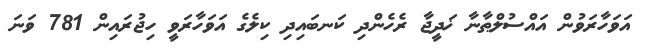
އަވަހާރަވުން އައްސުލްޠާނާ ޚަދީޖާ ރެހެންދި ކަނބައިދި ކިލެގެ އަވަހާރަވީ ހިޖުރައިން 781 ވަނަ